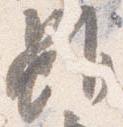
雖